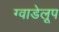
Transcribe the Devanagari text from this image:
ग्वाडेलूप